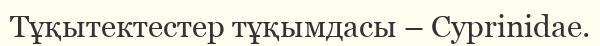
Тұқытектестер тұқымдасы – Cyprinidae.